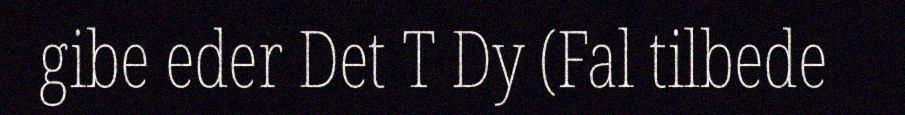
gibe eder Det T Dy (Fal tilbede